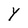
Character: Y